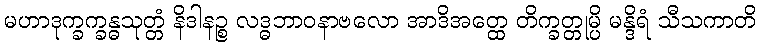
မဟာဒုက္ခက္ခန္ဓသုတ္တံ နိဒါနဉ္စ လဒ္ဓဘာဝနာဗလော အာဒိအတ္ထေ တိက္ခတ္တုမ္ပိ မန္ဒိရံ သီသကာတိ